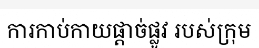
ការកាប់កាយផ្តាច់ផ្លូវ របស់ក្រុម